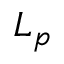
L _ { p }